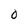
Character: 0